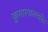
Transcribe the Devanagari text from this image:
कुमारपालचरित